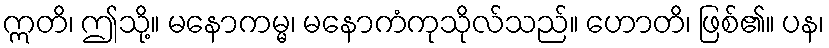
ဣတိ၊ ဤသို့။ မနောကမ္မ၊ မနောကံကုသိုလ်သည်။ ဟောတိ၊ ဖြစ်၏။ ပန၊